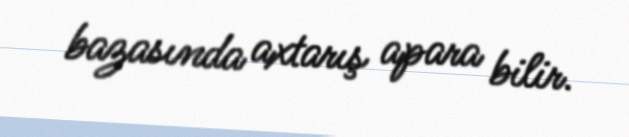
bazasında axtarış apara bilir.